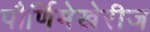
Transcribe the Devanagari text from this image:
पौर्णिमेखेरीज